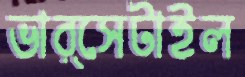
ভার্সেটাইল